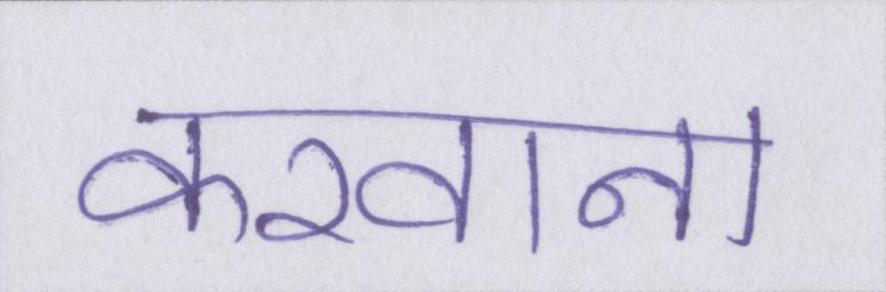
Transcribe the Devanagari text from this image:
करवाना